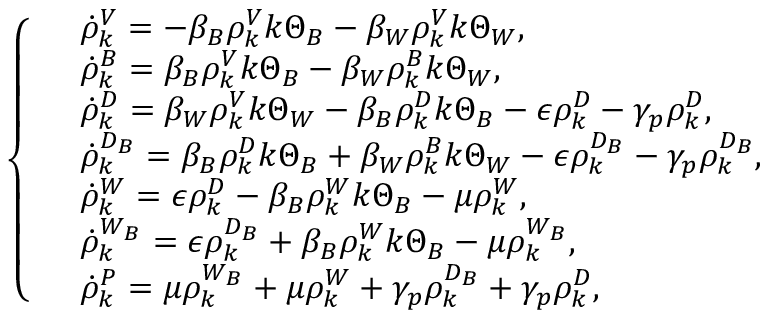
\left\{ \begin{array} { l l } & { \dot { \rho } _ { k } ^ { V } = - \beta _ { B } \rho _ { k } ^ { V } k \Theta _ { B } - \beta _ { W } \rho _ { k } ^ { V } k \Theta _ { W } , } \\ & { \dot { \rho } _ { k } ^ { B } = \beta _ { B } \rho _ { k } ^ { V } k \Theta _ { B } - \beta _ { W } \rho _ { k } ^ { B } k \Theta _ { W } , } \\ & { \dot { \rho } _ { k } ^ { D } = \beta _ { W } \rho _ { k } ^ { V } k \Theta _ { W } - \beta _ { B } \rho _ { k } ^ { D } k \Theta _ { B } - \epsilon \rho _ { k } ^ { D } - \gamma _ { p } \rho _ { k } ^ { D } , } \\ & { \dot { \rho } _ { k } ^ { D _ { B } } = \beta _ { B } \rho _ { k } ^ { D } k \Theta _ { B } + \beta _ { W } \rho _ { k } ^ { B } k \Theta _ { W } - \epsilon \rho _ { k } ^ { D _ { B } } - \gamma _ { p } \rho _ { k } ^ { D _ { B } } , } \\ & { \dot { \rho } _ { k } ^ { W } = \epsilon \rho _ { k } ^ { D } - \beta _ { B } \rho _ { k } ^ { W } k \Theta _ { B } - \mu \rho _ { k } ^ { W } , } \\ & { \dot { \rho } _ { k } ^ { W _ { B } } = \epsilon \rho _ { k } ^ { D _ { B } } + \beta _ { B } \rho _ { k } ^ { W } k \Theta _ { B } - \mu \rho _ { k } ^ { W _ { B } } , } \\ & { \dot { \rho } _ { k } ^ { P } = \mu \rho _ { k } ^ { W _ { B } } + \mu \rho _ { k } ^ { W } + \gamma _ { p } \rho _ { k } ^ { D _ { B } } + \gamma _ { p } \rho _ { k } ^ { D } , } \end{array} \right.